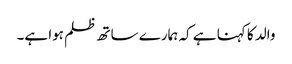
والد کا کہنا ہے کہ ہمارے ساتھ ظلم ہوا ہے۔